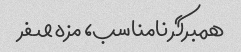
همبرگر نامناسب، مزه صفر